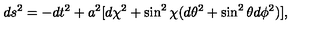
d s ^ { 2 } = - d t ^ { 2 } + a ^ { 2 } [ d \chi ^ { 2 } + \sin ^ { 2 } \chi ( d \theta ^ { 2 } + \sin ^ { 2 } \theta d \phi ^ { 2 } ) ] ,